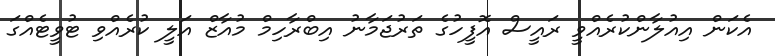
އެކަން އިއުލާންކުރެއްވީ ރައީސް އޮފީހުގެ ތަރުޖަމާނު އިބްރާހިމް މުއާޒް އަލީ ކުރެއްވި ޓުވީޓެއްގަ